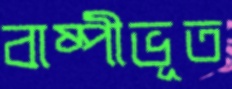
বাষ্পীভূত